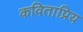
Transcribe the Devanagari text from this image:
कविताप्रिय